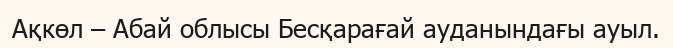
Ақкөл – Абай облысы Бесқарағай ауданындағы ауыл.